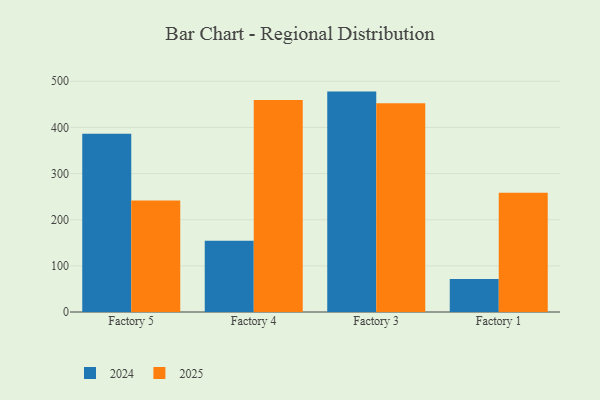
{"axis": {"x": "Factory", "y": "Churn Rate (%)"}, "legend": ["2024", "2025"], "data": [{"x": "Factory 5", "y": 386.1, "type": "2024"}, {"x": "Factory 5", "y": 241.5, "type": "2025"}, {"x": "Factory 4", "y": 154.6, "type": "2024"}, {"x": "Factory 4", "y": 459.6, "type": "2025"}, {"x": "Factory 3", "y": 477.6, "type": "2024"}, {"x": "Factory 3", "y": 452.3, "type": "2025"}, {"x": "Factory 1", "y": 71.6, "type": "2024"}, {"x": "Factory 1", "y": 258.2, "type": "2025"}]}